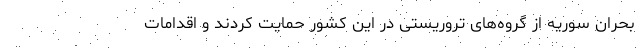
بحران سوریه از گروه‌های تروریستی در این کشور حمایت کردند و اقدامات